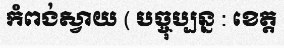
កំពង់ស្វាយ ( បច្ចុប្បន្ន : ខេត្ត